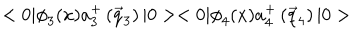
< 0 | { \phi } _ { 3 } ( x ) a _ { 3 } ^ { + } \left( \vec { q } _ { 3 } \right) | 0 > < 0 | { \phi } _ { 4 } ( x ) a _ { 4 } ^ { + } \left( \vec { q } _ { 4 } \right) | 0 >